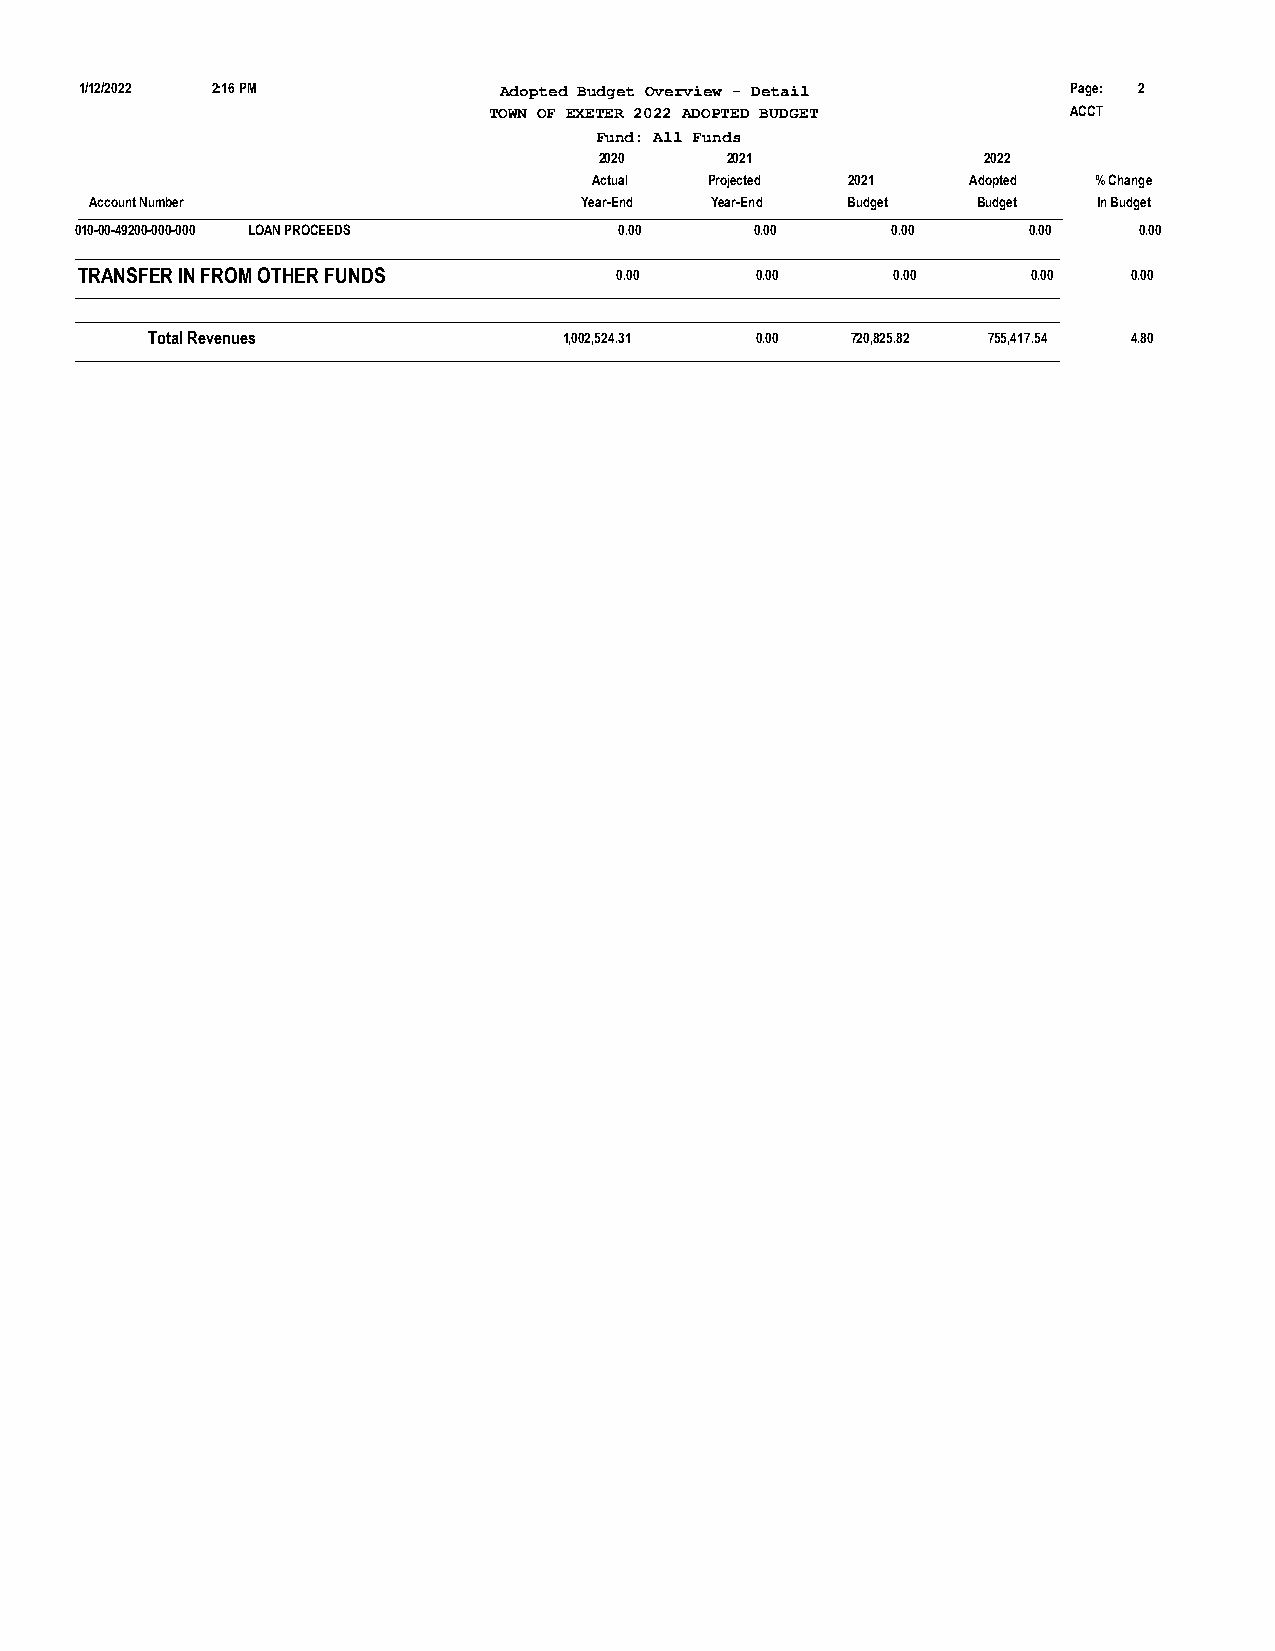
1/12/2022 2:16 PM           Adopted Budget Overview - Detail      Page: 2
 TOWN OF EXETER 2022 ADOPTED BUDGET     ACCT
 Fund: All Funds
 2020    2021             2022
 Actual  Projected 2021   Adopted  % Change
 Account Number                  Year-End Year-End Budget   Budget  In Budget
 ______________________________________________________________________________________________________________________________________________________
 010-00-49200-000-000 LOAN PROCEEDS  0.00     0.00     0.00     0.00   0.00
 ______________________________________________________________________________________________________________________________________________________
 TRANSFER IN FROM OTHER FUNDS        0.00     0.00     0.00     0.00   0.00
 ______________________________________________________________________________________________________________________________________________________
 ______________________________________________________________________________________________________________________________________________________
 Total Revenues             1,002,524.31 0.00  720,825.82 755,417.54 4.80
 ______________________________________________________________________________________________________________________________________________________